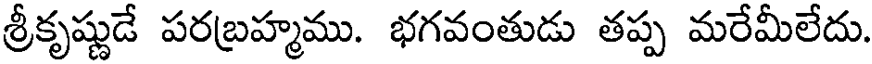
శ్రీకృష్ణుడే పరబ్రహ్మము. భగవంతుడు తప్ప మరేమీలేదు.